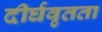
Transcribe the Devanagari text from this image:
दीर्घवृतता